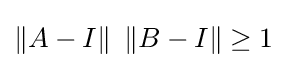
\left\|A-I\right\|\ \left\|B-I\right\|\geq 1